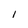
Character: l